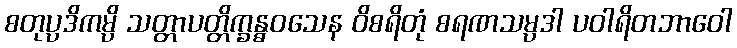
စတုပ္ပဒိကမ္ပိ သတ္တာပတ္တိက္ခန္ဓဝသေန ဝိစရိတုံ စရဏသမ္ပဒါ ပဝါရိတဘာဝေါ